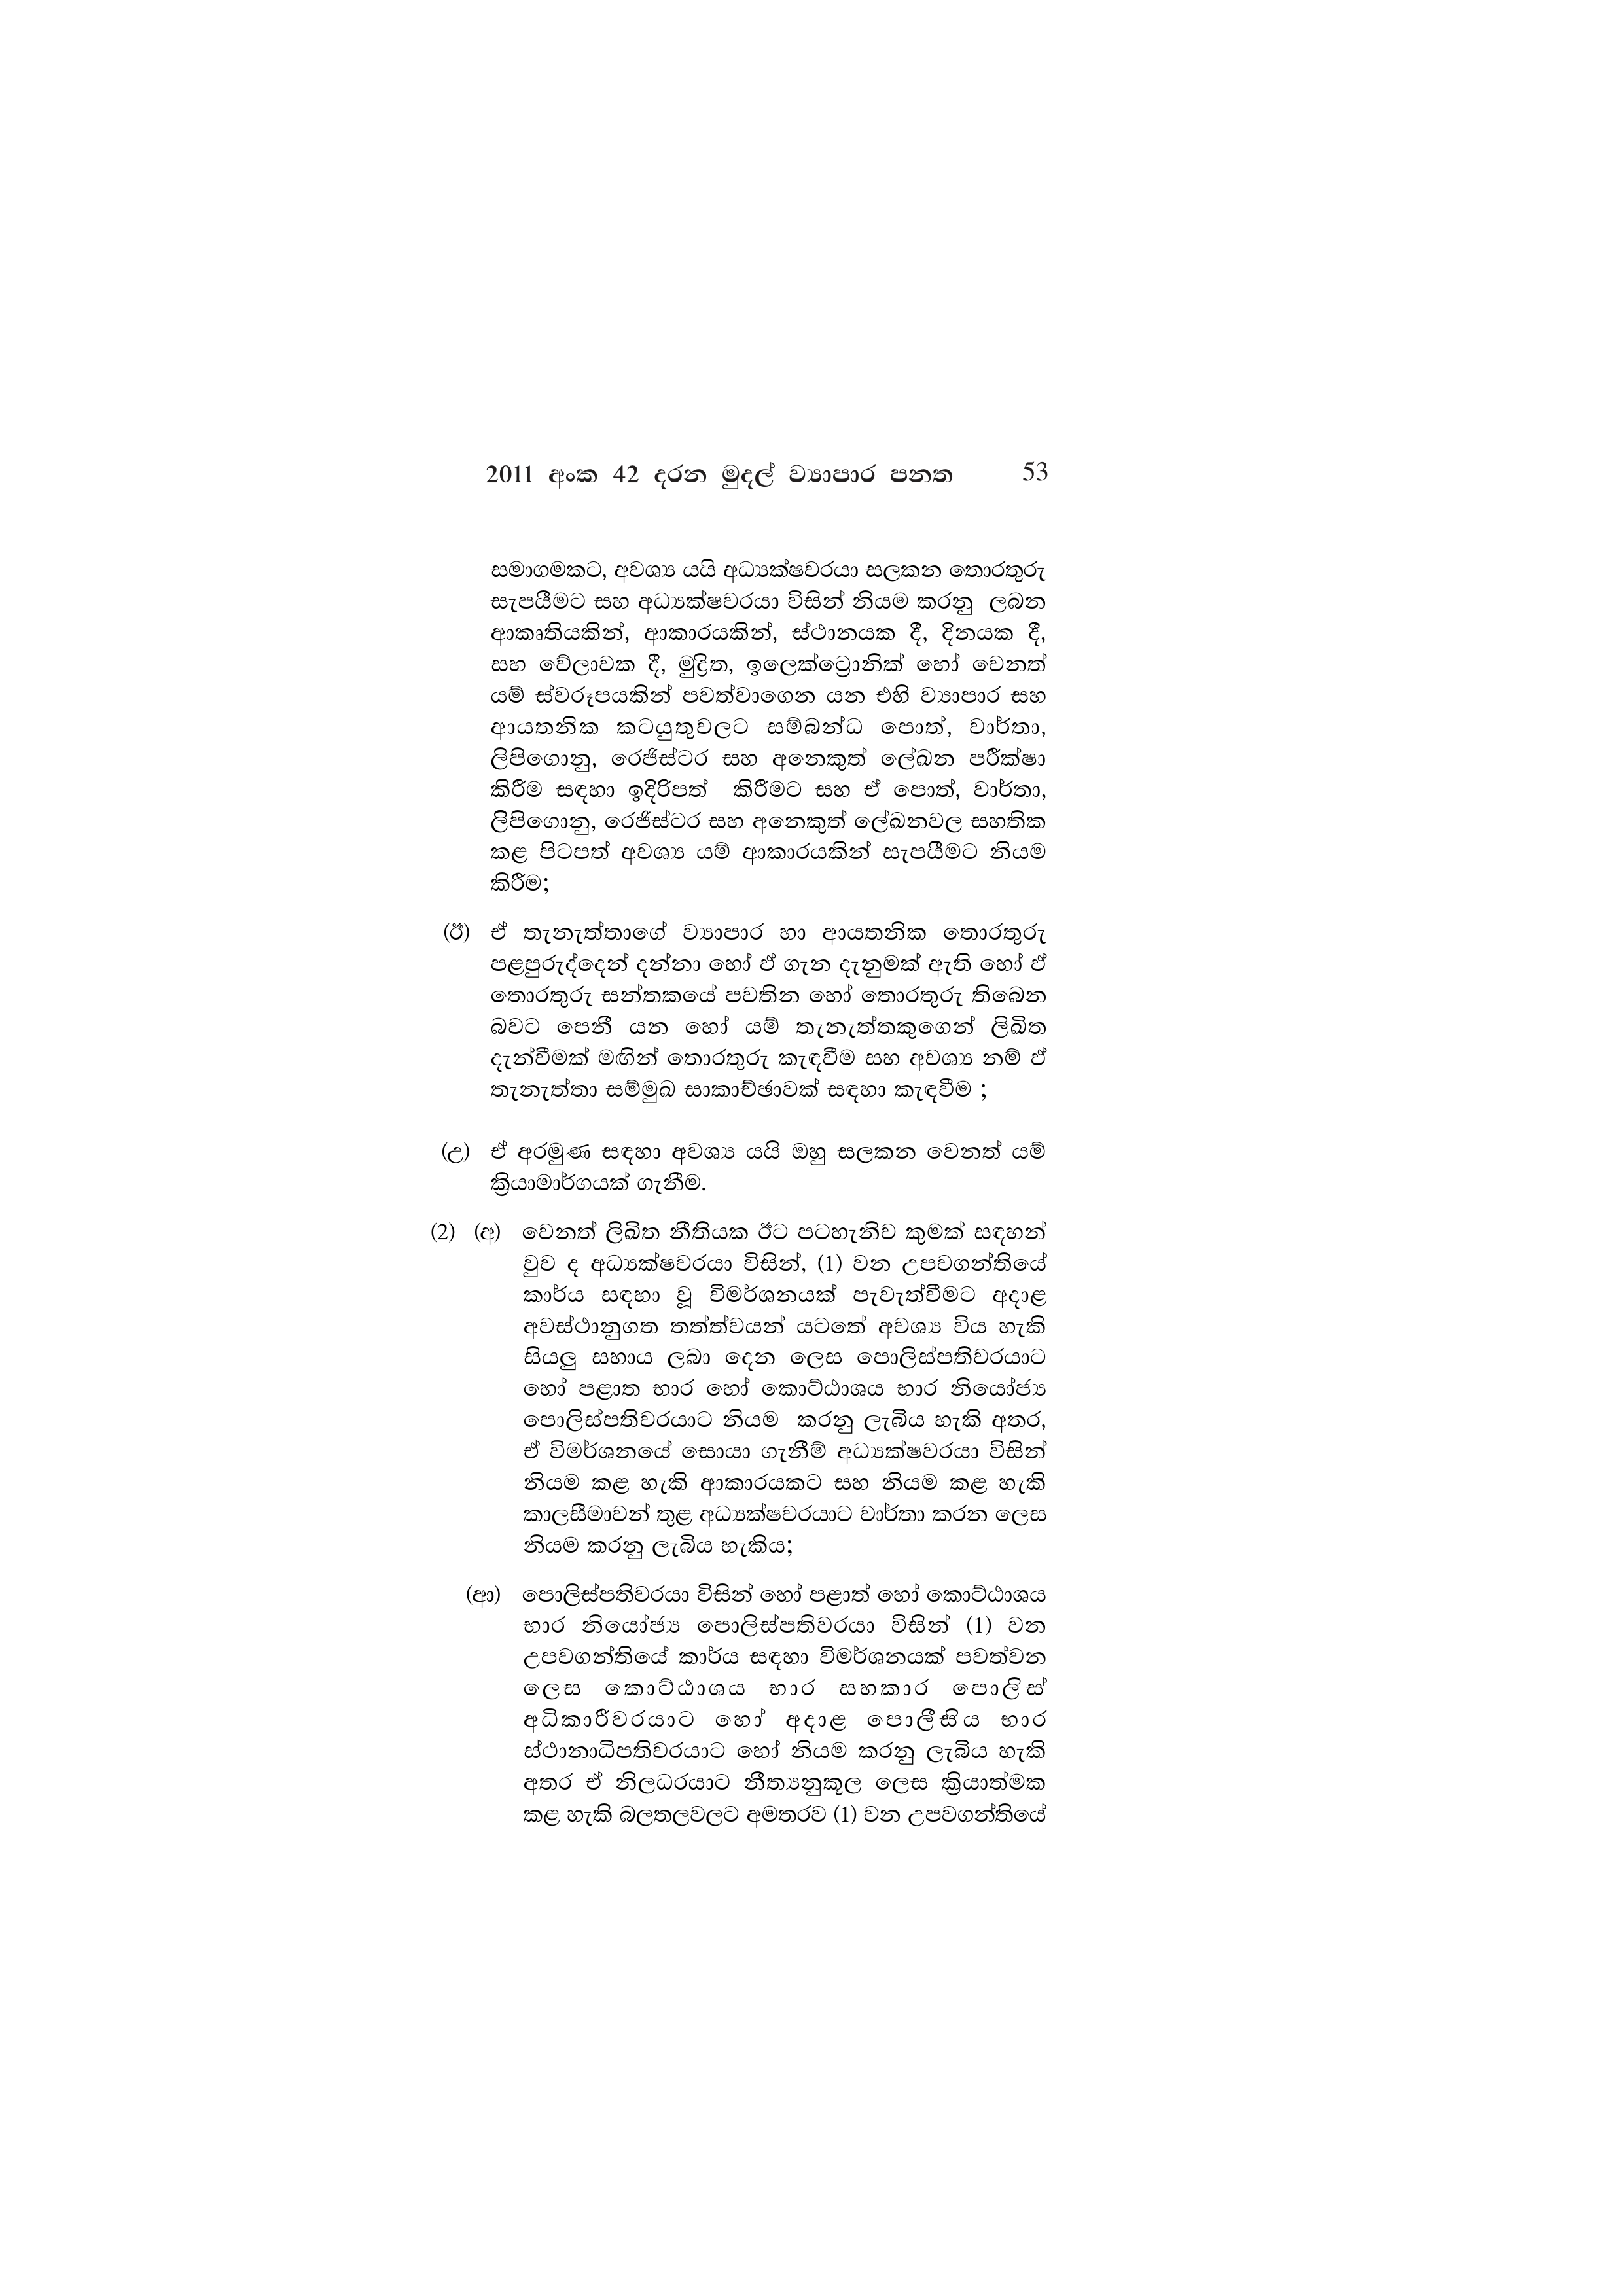
2011 අංක 42 දරන මුදල් ව්‍යාපාර පනත 53

සමාගමකට, අවශ්‍ය යයි අධ්‍යක්ෂවරයා සලකන තොරතුරු
සැපයීමට සහ අධ්‍යක්ෂවරයා විසින් නියම කරනු ලබන
ආකෘතියකින්, ආකාරයකින්, ස්ථානයක දී, දිනයක දී,
සහ වේලාවක දී, මුද්‍රිත, ඉලෙක්ට්‍රොනික් හෝ වෙනත්
යම් ස්වරූපයකින් පවත්වාගෙන යන එහි ව්‍යාපාර සහ
ආයතනික කටයුතුවලට සම්බන්ධ පොත්, වාර්තා,
ලිපිගොනු, රෙජිස්ටර සහ අනෙකුත් ලේඛන පරීක්ෂා
කිරීම සඳහා ඉදිරිපත් කිරීමට සහ ඒ පොත්, වාර්තා,
ලිපිගොනු, රෙජිස්ටර සහ අනෙකුත් ලේඛනවල සහතික
කළ පිටපත් අවශ්‍ය යම් ආකාරයකින් සැපයීමට නියම
කිරීම;

(ඊ) ඒ තැනැත්තාගේ ව්‍යාපාර හා ආයතනික තොරතුරු
පළපුරුද්දෙන් දන්නා හෝ ඒ ගැන දැනුමක් ඇති හෝ ඒ
තොරතුරු සන්තකයේ පවතින හෝ තොරතුරු තිබෙන
බවට පෙනී යන හෝ යම් තැනැත්තකුගෙන් ලිඛිත
දැන්වීමක් මඟින් තොරතුරු කැඳවීම සහ අවශ්‍ය නම් ඒ
තැනැත්තා සම්මුඛ සාකාච්ඡාවක් සඳහා කැඳවීම ;

(උ) ඒ අරමුණ සඳහා අවශ්‍ය යයි ඔහු සලකන වෙනත් යම්
ක්‍රියාමාර්ගයක් ගැනීම.

(2) (අ) වෙනත් ලිඛිත නීතියක ඊට පටහැනිව කුමක් සඳහන්
වුව ද අධ්‍යක්ෂවරයා විසින්, (1) වන උපවගන්තියේ
කාර්ය සඳහා වූ විමර්ශනයක් පැවැත්වීමට අදාළ
අවස්ථානුගත තත්ත්වයන් යටතේ අවශ්‍ය විය හැකි
සියලු සහාය ලබා දෙන ලෙස පොලිස්පතිවරයාට
හෝ පළාත භාර හෝ කොට්ඨාශය භාර නියෝජ්‍ය
පොලිස්පතිවරයාට නියම කරනු ලැබිය හැකි අතර,
ඒ විමර්ශනයේ සොයා ගැනීම් අධ්‍යක්ෂවරයා විසින්
නියම කළ හැකි ආකාරයකට සහ නියම කළ හැකි
කාලසීමාවන් තුළ අධ්‍යක්ෂවරයාට වාර්තා කරන ලෙස
නියම කරනු ලැබිය හැකිය;

(ආ) පොලිස්පතිවරයා විසින් හෝ පළාත් හෝ කොට්ඨාශය
භාර නියෝජ්‍ය පොලිස්පතිවරයා විසින් (1) වන
උපවගන්තියේ කාර්ය සඳහා විමර්ශනයක් පවත්වන
ලෙස කොට්ඨාශය භාර සහකාර පොලිස්
අධිකාරීවරයාට හෝ අදාළ පොලීසිය භාර
ස්ථානාධිපතිවරයාට හෝ නියම කරනු ලැබිය හැකි
අතර ඒ නිලධරයාට නීත්‍යනුකූල ලෙස ක්‍රියාත්මක
කළ හැකි බලතලවලට අමතරව (1) වන උපවගන්තියේ